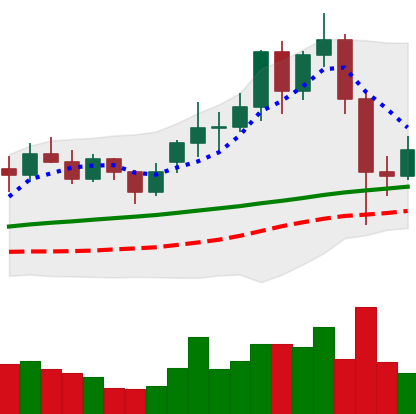
Ticker: LINK-USD
Chart end date: 2020-11-28
Forward return: 6.854%
Label: up_5_7